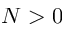
N > 0